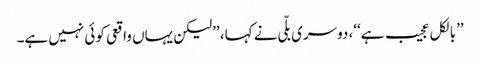
’’بالکل عجیب ہے‘‘، دوسری بلّی نے کہا، ’’لیکن یہاں واقعی کوئی نہیں ہے۔